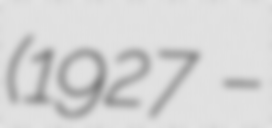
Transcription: (1927 –